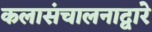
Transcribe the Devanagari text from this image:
कलासंचालनाद्वारे